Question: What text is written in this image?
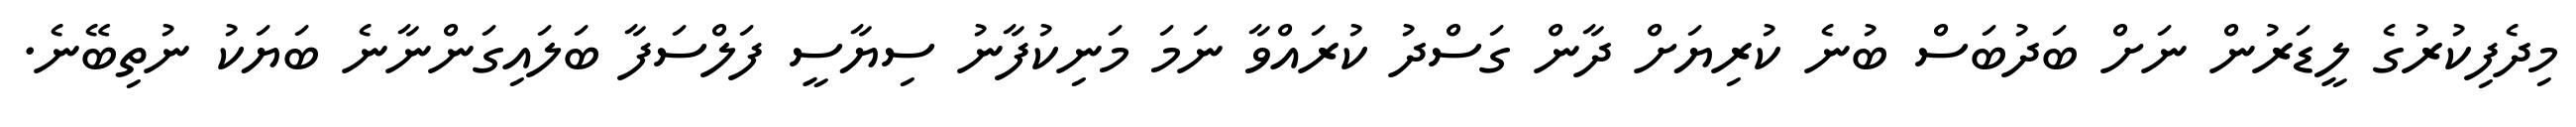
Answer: މިދެފިކުރުގެ ލީޑަރުން ނަށް ބަދުބަސް ބުނެ ކުރިޔަށް ދާން ގަސްދު ކުރައްވާ ނަމަ މަނިކުފާނު ސިޔާސީ ފަލްސަފާ ބަލައިގަންނާނެ ބަޔަކު ނުތިބޭނެ.